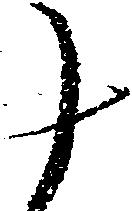
十